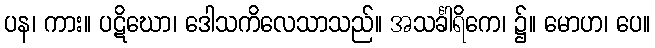
ပန၊ ကား။ ပဋိဃော၊ ဒေါသကိလေသာသည်။ အသင်္ခါရိကေ၊ ၌။ မောဟ၊ ပေ။